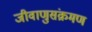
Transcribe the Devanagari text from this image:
जीवाणुसंक्रमण